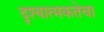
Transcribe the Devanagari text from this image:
दृश्यात्मकतेचा